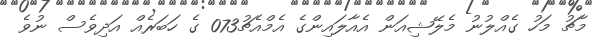
މާޗު މަހު ގެއްލުނު މެލޭޝިއަން އެއާލައިންގެ އެމްއެޗު073 ގެ ހަބަރެއް އަދިވެސް ނުވެ